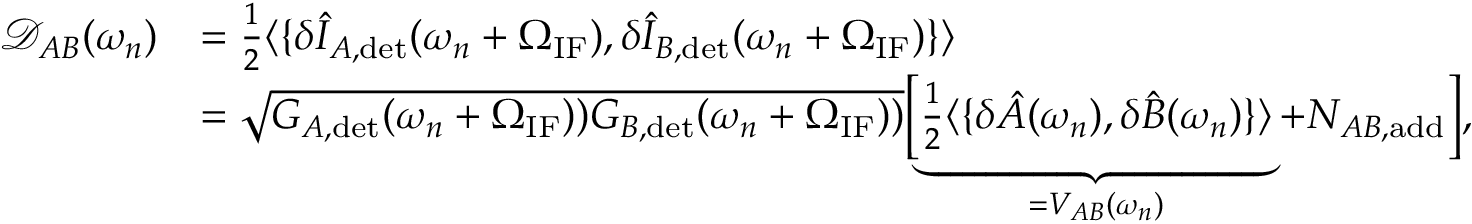
\begin{array} { r l } { \mathcal { D } _ { A B } ( \omega _ { n } ) } & { = \frac { 1 } { 2 } \langle \{ \delta \hat { I } _ { A , \mathrm { d e t } } ( \omega _ { n } + \Omega _ { \mathrm { I F } } ) , \delta \hat { I } _ { B , \mathrm { d e t } } ( \omega _ { n } + \Omega _ { \mathrm { I F } } ) \} \rangle } \\ & { = \sqrt { G _ { A , \mathrm { d e t } } ( \omega _ { n } + \Omega _ { \mathrm { I F } } ) ) G _ { B , \mathrm { d e t } } ( \omega _ { n } + \Omega _ { \mathrm { I F } } ) ) } \biggl [ \underbrace { \frac { 1 } { 2 } \langle \{ \delta \hat { A } ( \omega _ { n } ) , \delta \hat { B } ( \omega _ { n } ) \} \rangle } _ { = V _ { A B } ( \omega _ { n } ) } + N _ { A B , \mathrm { a d d } } \biggr ] , } \end{array}